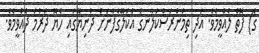
ގެ) ފޮތް ލެއްވީމެވެ. އަދި ތިމަންރަސްކަލާނގެ އެކަލޭގެފާނަށް ދުނިޔޭގައި ހެޔޮ ދަރުމަ ދެއްވީމެވެ.